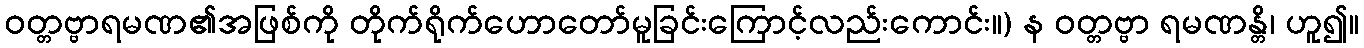
ဝတ္တဗ္ဗာရမဏ၏အဖြစ်ကို တိုက်ရိုက်ဟောတော်မူခြင်းကြောင့်လည်းကောင်း။) န ဝတ္တဗ္ဗာ ရမဏန္တိ၊ ဟူ၍။